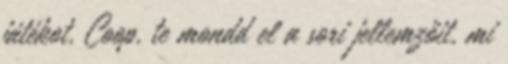
játékot. Coop, te mondd el a sori jellemzőit, mi